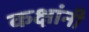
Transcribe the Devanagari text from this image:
कक्षांनी